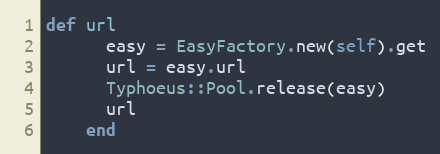
Language: Ruby
def url
      easy = EasyFactory.new(self).get
      url = easy.url
      Typhoeus::Pool.release(easy)
      url
    end